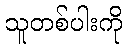
သူတစ်ပါးကို